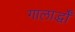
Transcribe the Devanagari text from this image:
गालार्द्धों